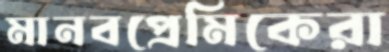
মানবপ্রেমিকেরা